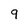
Character: 9